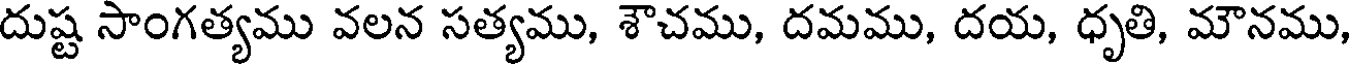
దుష్ట సాంగత్యము వలన సత్యము, శౌచము, దమము, దయ, ధృతి, మౌనము,